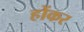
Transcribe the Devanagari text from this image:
होंकर